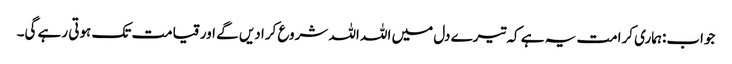
جواب:ہماری کرامت یہ ہے کہ تیرے دل میں اللہ اللہ شروع کرا دیں گے اور قیامت تک ہوتی رہے گی۔